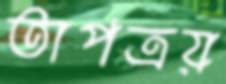
তাপত্রয়